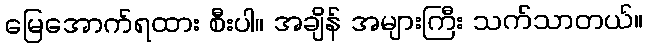
မြေအောက်ရထား စီးပါ။ အချိန် အများကြီး သက်သာတယ်။